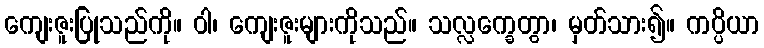
ကျေးဇူးပြုသည်ကို။ ဝါ၊ ကျေးဇူးများကိုသည်။ သလ္လက္ခေတွာ၊ မှတ်သား၍။ ကပ္ပိယာ